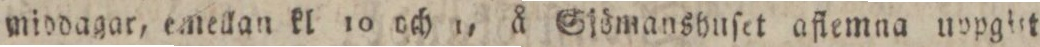
middagar, emellan kl 10 och 1, å Sjömanshnſet aflemna nppgitt